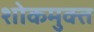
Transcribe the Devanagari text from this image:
शोकमुक्त